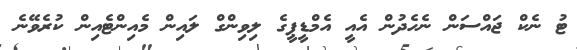
ޓު ނެކް ޖައްސަން ނެހެދުން އެއީ އެމްޑީޕީގެ ލިވިންގް ލައިން މެއިންޓެއިން ކުރެވޭނެ